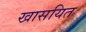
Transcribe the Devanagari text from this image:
खासयित